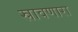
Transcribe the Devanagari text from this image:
स्रावणारा